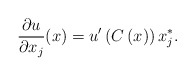
\begin{align*}\frac{\partial u}{\partial x_{j}}(x)=u^{\prime}\left( C\left( x\right)\right) x_{j}^{\ast}.\end{align*}